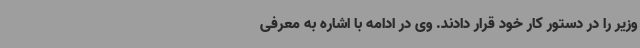
وزیر را در دستور کار خود قرار دادند. وی در ادامه با اشاره به معرفی